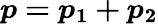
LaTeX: \boldsymbol{p=p_{1}+p_{2}}